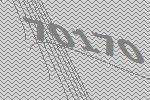
70170